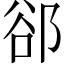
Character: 郤